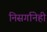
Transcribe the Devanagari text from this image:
निसर्गानेही